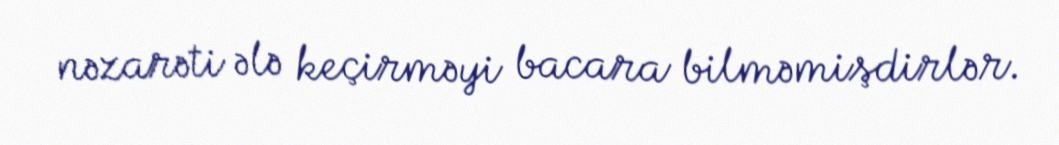
nəzarəti ələ keçirməyi bacara bilməmişdirlər.